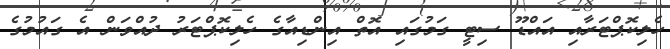
ހެލިކޮޕްޓަރާއި އައްޑޫ ސިޓީ ގަމުގައި އޮތް އިންޑިއާގެ ހެލިކޮޕްޓަރު ދުއްވަން އެ ގައުމުގެ